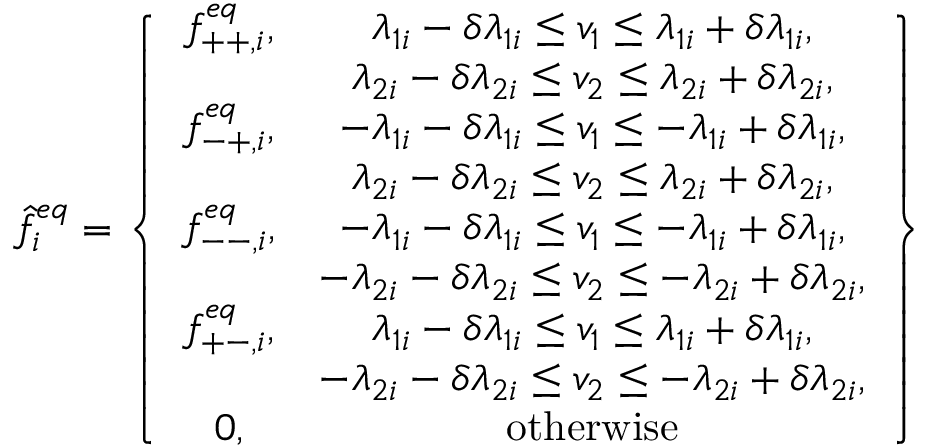
\hat { f } _ { i } ^ { e q } = \left\{ \begin{array} { c c } { f _ { + + , i } ^ { e q } , } & { \lambda _ { 1 i } - \delta \lambda _ { 1 i } \leq v _ { 1 } \leq \lambda _ { 1 i } + \delta \lambda _ { 1 i } , } \\ & { \lambda _ { 2 i } - \delta \lambda _ { 2 i } \leq v _ { 2 } \leq \lambda _ { 2 i } + \delta \lambda _ { 2 i } , } \\ { f _ { - + , i } ^ { e q } , } & { - \lambda _ { 1 i } - \delta \lambda _ { 1 i } \leq v _ { 1 } \leq - \lambda _ { 1 i } + \delta \lambda _ { 1 i } , } \\ & { \lambda _ { 2 i } - \delta \lambda _ { 2 i } \leq v _ { 2 } \leq \lambda _ { 2 i } + \delta \lambda _ { 2 i } , } \\ { f _ { -- , i } ^ { e q } , } & { - \lambda _ { 1 i } - \delta \lambda _ { 1 i } \leq v _ { 1 } \leq - \lambda _ { 1 i } + \delta \lambda _ { 1 i } , } \\ & { - \lambda _ { 2 i } - \delta \lambda _ { 2 i } \leq v _ { 2 } \leq - \lambda _ { 2 i } + \delta \lambda _ { 2 i } , } \\ { f _ { + - , i } ^ { e q } , } & { \lambda _ { 1 i } - \delta \lambda _ { 1 i } \leq v _ { 1 } \leq \lambda _ { 1 i } + \delta \lambda _ { 1 i } , } \\ & { - \lambda _ { 2 i } - \delta \lambda _ { 2 i } \leq v _ { 2 } \leq - \lambda _ { 2 i } + \delta \lambda _ { 2 i } , } \\ { 0 , } & { \mathrm { o t h e r w i s e } } \end{array} \right\}